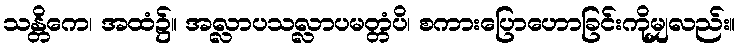
သန္တိကေ၊ အထံ၌။ အလ္လာပသလ္လာပမတ္တံပိ၊ စကားပြောဟောခြင်းကိုမျှလည်း။